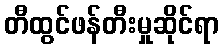
တီထွင်ဖန်တီးမှုဆိုင်ရာ